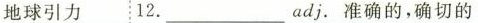
地球引力12.__________adj.准确的,确切的